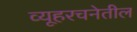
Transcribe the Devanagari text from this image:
व्यूहरचनेतील